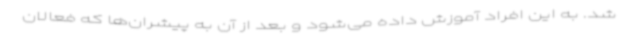
شد. به این افراد آموزش داده می‌شود و بعد از آن به پیشران‌ها که فعالان